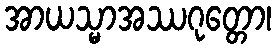
အာယသ္မာအဿဂုတ္တော၊